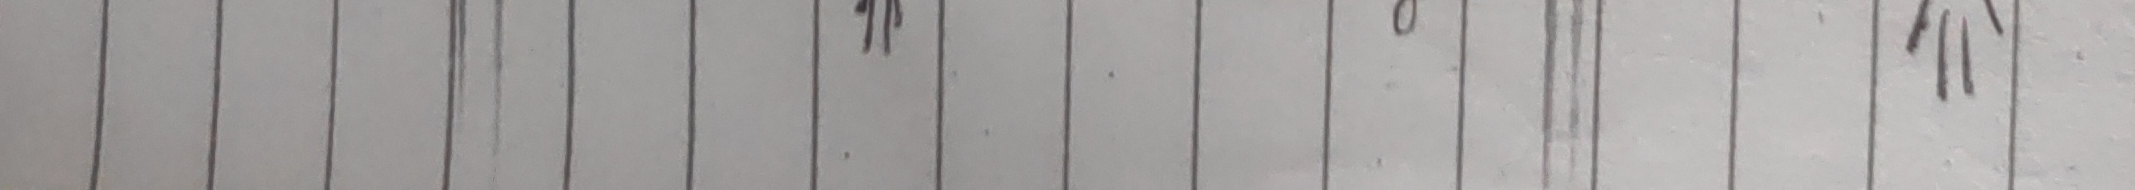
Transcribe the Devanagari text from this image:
ना